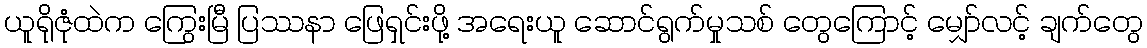
ယူရိုဇုံထဲက ကြွေးမြီ ပြဿနာ ဖြေရှင်းဖို့ အရေးယူ ဆောင်ရွက်မှုသစ် တွေကြောင့် မျှော်လင့် ချက်တွေ